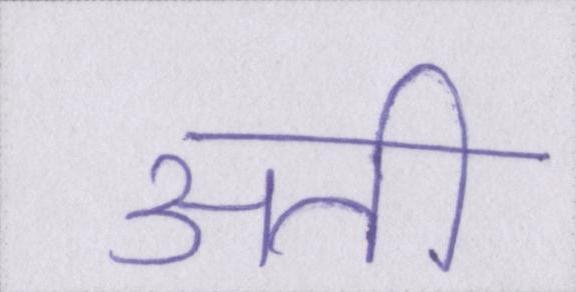
अती